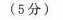
(5分)